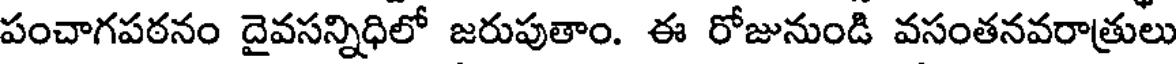
పంచాగపఠనం దైవసన్నిధిలో జరుపుతాం. ఈ రోజునుండి వసంతనవరాత్రులు